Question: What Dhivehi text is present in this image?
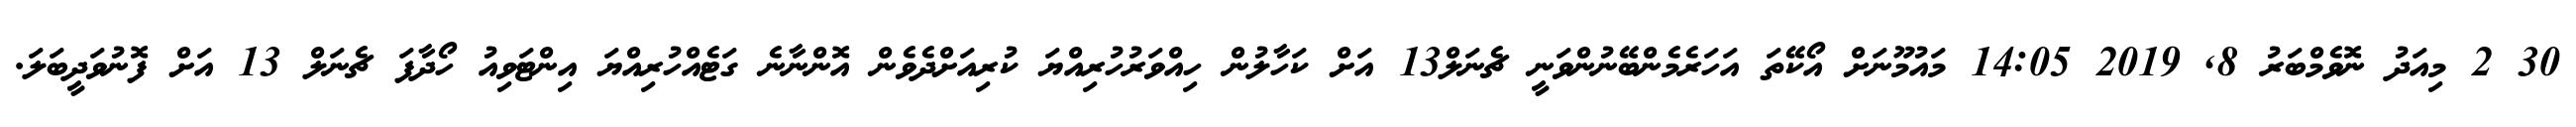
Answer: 30 2 މިއަދު ނޮވެމްބަރު 8, 2019 14:05 މައުމޫނަށް އޯކޭތަ އަހަރެމެންބޭނުންވަނީ ޗެނަލް13 އަށް ކަހާލުން ހިއްވަރުހުރިއްޔަ ކުރިއަށްދެވެން އޮންނާނެ ގަޓެއްހުރިއްޔަ އިންޓަވިއު ހޯދާފަ ޗެނަލް 13 އަށް ފޮނުވަދީބަލަ.